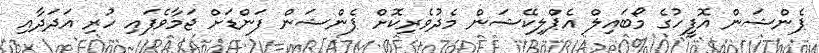
ޕެންޝަން އޮފީހުގެ މޯބައިލް އެޕްލިކޭޝަން މެދުވެރިކޮށް ޕެންޝަން ފަންޑަށް ޖަމާވެފައި ހުރި އަދަދާއި